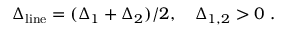
\Delta _ { \mathrm { l i n e } } = ( \Delta _ { 1 } + \Delta _ { 2 } ) / 2 , \quad \Delta _ { 1 , 2 } > 0 \ .